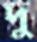
দু